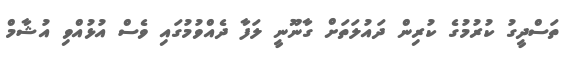
ތަސްދީގު ކުރުމުގެ ކުރިން ދައުލަތަށް ގާނޫނީ ލަފާ ދެއްވުމުގައި ވެސް އުޅުއްވި އުޝާމް